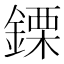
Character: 𨫊